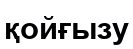
қойғызу